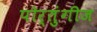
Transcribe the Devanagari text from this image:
पोर्तुंगीज